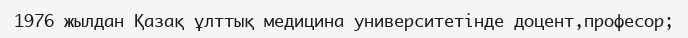
1976 жылдан Қазақ ұлттық медицина университетінде доцент,професор;